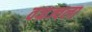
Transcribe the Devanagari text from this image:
वज्रज्वला